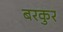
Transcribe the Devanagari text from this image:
बरकुर